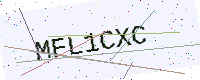
Text: MFL1CXC